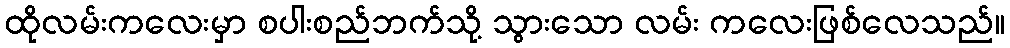
ထိုလမ်းကလေးမှာ စပါးစည်ဘက်သို့ သွားသော လမ်း ကလေးဖြစ်လေသည်။